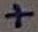
Text: +